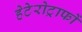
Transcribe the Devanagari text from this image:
हेटेरोट्राफों